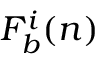
F _ { b } ^ { i } ( n )